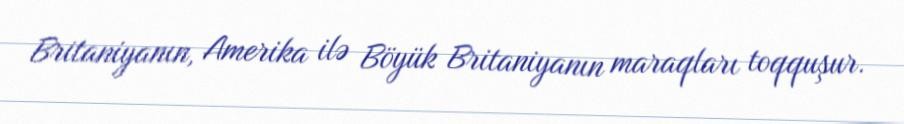
Britaniyanın, Amerika ilə Böyük Britaniyanın maraqları toqquşur.